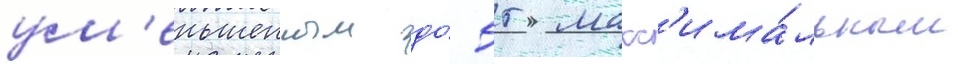
ум'еньшенным до́ 55 макс'има́льным